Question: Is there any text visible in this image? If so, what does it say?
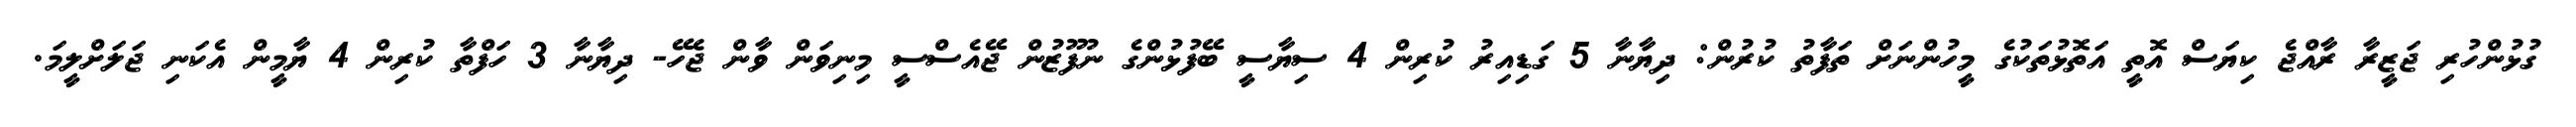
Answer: ގުޅުންހުރި ޖަޒީރާ ރާއްޖެ ކިޔަސް އޮތީ އަތޮޅުތަކުގެ މީހުންނަށް ތަފާތު ކުރުން: ދިޔާނާ 5 ގަޑިއިރު ކުރިން 4 ސިޔާސީ ބޭފުޅުންގެ ނުފޫޒުން ޖޭއެސްސީ މިނިވަން ވާން ޖެހޭ- ދިޔާނާ 3 ހަފްތާ ކުރިން 4 ޔާމީން އެކަނި ޖަލަށްލީމަ.